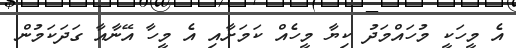
އެ މީހަކީ މުހައްމަދު ކިޔާ މީހެއް ކަމަށާއި އެ މީހާ އޭނާއާ ގަދަކަމުން